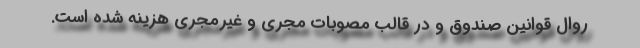
روال قوانین صندوق و در قالب مصوبات مجری و غیر‌مجری هزینه شده است.